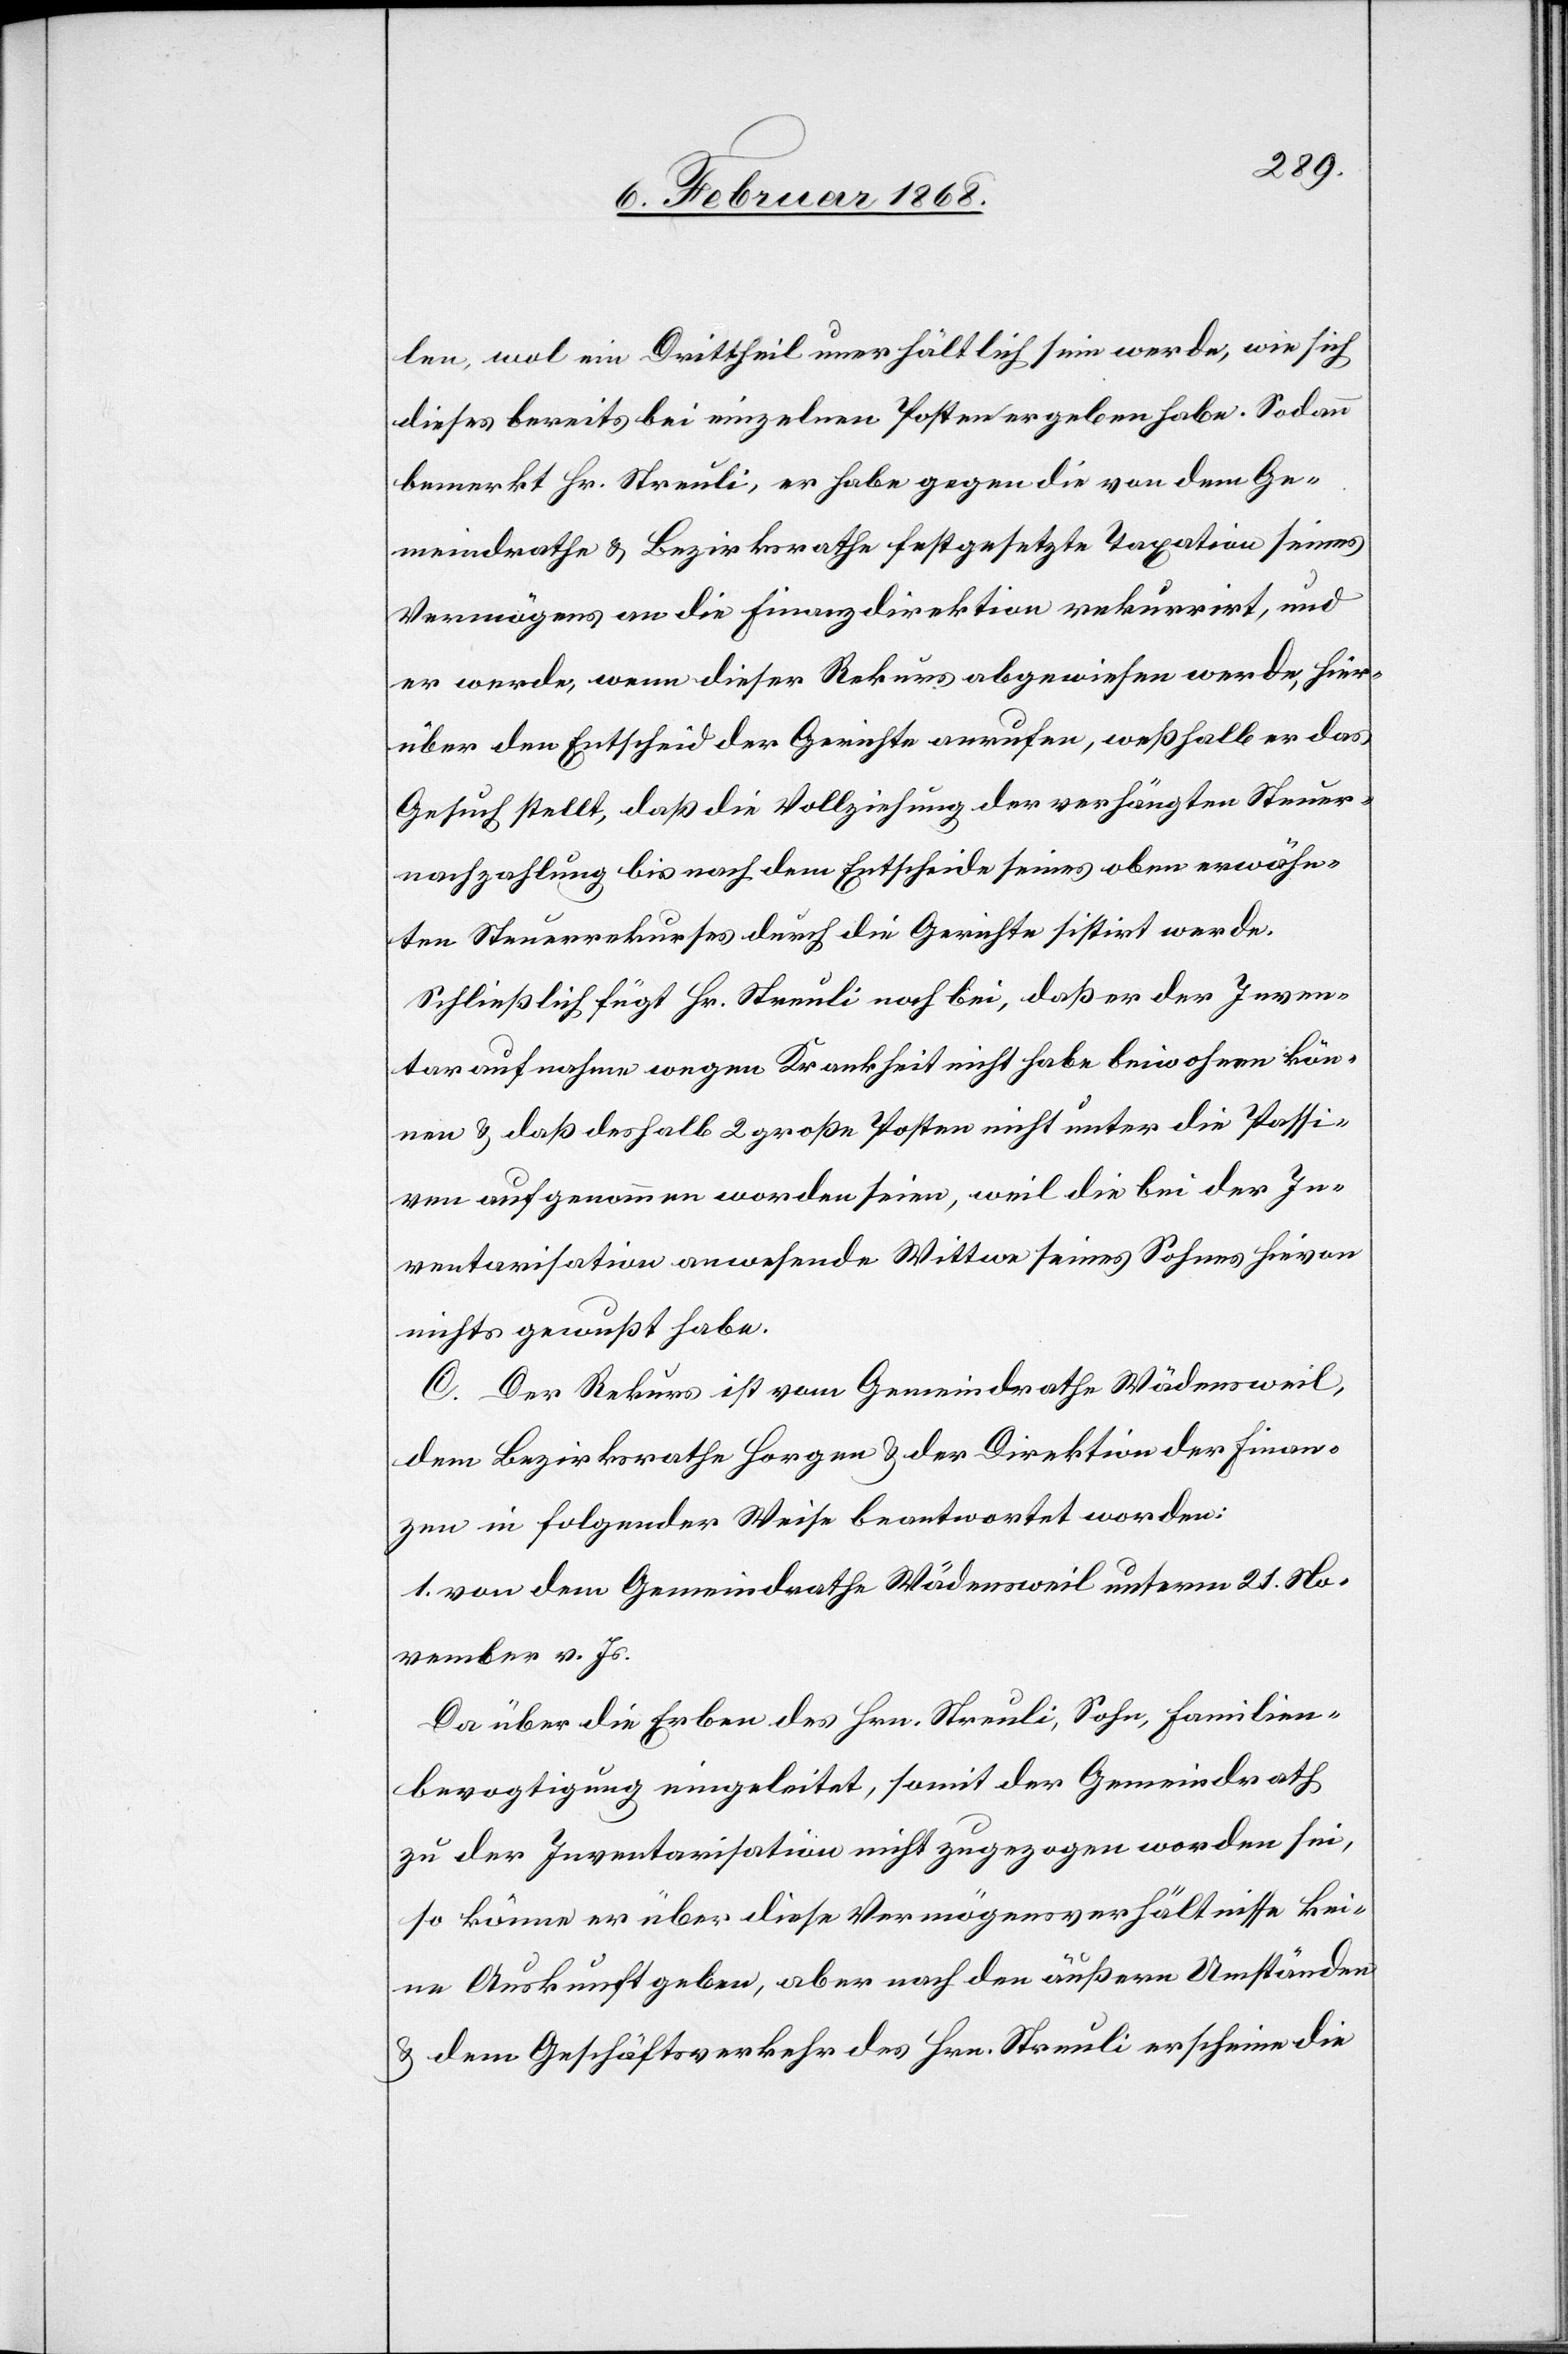
len, wol ein Drittheil unerhältlich sein werde, wie sich
dieses bereits bei einzelnen Posten ergeben habe. Sodann
bemerkt Hr. Streuli, er habe gegen die von dem Ge¬
meindrathe & Bezirksrathe festgesetzte Taxation seines
Vermögens an die Finanzdirektion rekurrirt, und
er werde, wenn dieser Rekurs abgewiesen werde, hier¬
über den Entscheid der Gerichte anrufen, weßhalb er das
Gesuch stellt, daß die Vollziehung der verhängten Steuer¬
nachzahlung bis nach dem Entscheide seines oben erwähn¬
ten Steuerrekurses durch die Gerichte sistirt werde.
Schließlich fügt Hr. Streuli noch bei, daß er der Inven¬
taraufnahme wegen Krankheit nicht habe beiwohnen kön¬
nen & daß deshalb 2 große Posten nicht unter die Passi¬
ven aufgenommen worden seien, weil die bei der In¬
ventarisation anwesende Wittwe seines Sohnes hievon
nichts gewußt habe.
C. Der Rekurs ist vom Gemeindrathe Wädensweil,
dem Bezirksrathe Horgen & der Direktion der Finan¬
zen in folgender Weise beantwortet worden:
1. von dem Gemeindrathe Wädensweil unterm 21. No¬
vember v. Js.
Da über die Erben des Hrn. Streuli, Sohn, Familien¬
bevogtigung eingeleitet, somit der Gemeindrath
zu der Inventarisation nicht zugezogen worden sei,
so könne er über diese Vermögensverhältnisse kei¬
ne Auskunft geben, aber nach den äußern Umständen
& dem Geschäftsverkehr des Hrn. Streuli erscheine die